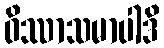
ဝိဿာသမာပါဒိ